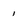
Character: 1